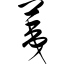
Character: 荑